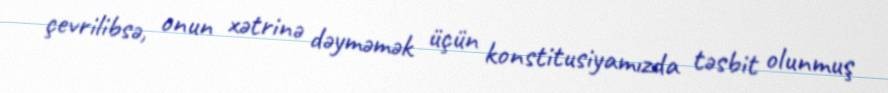
çevrilibsə, onun xətrinə dəyməmək üçün konstitusiyamızda təsbit olunmuş